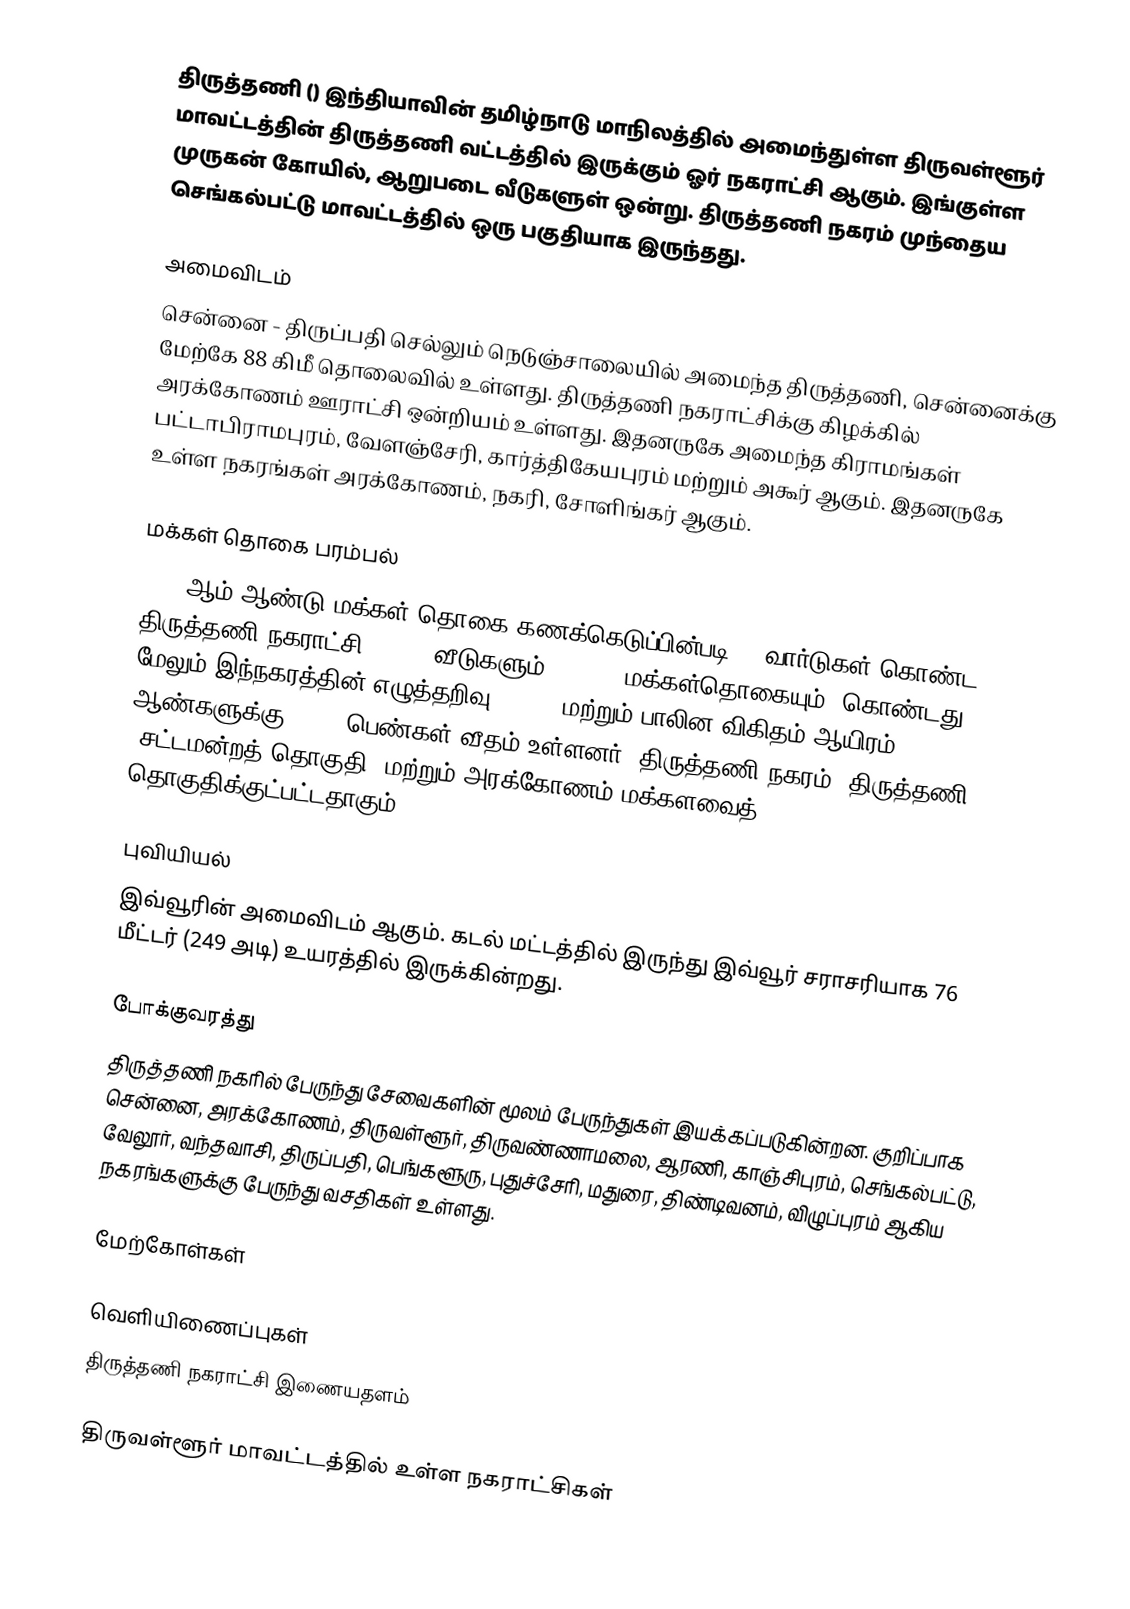
திருத்தணி () இந்தியாவின் தமிழ்நாடு மாநிலத்தில் அமைந்துள்ள திருவள்ளூர் மாவட்டத்தின் திருத்தணி வட்டத்தில் இருக்கும் ஓர் நகராட்சி ஆகும். இங்குள்ள முருகன் கோயில், ஆறுபடை வீடுகளுள் ஒன்று. திருத்தணி நகரம் முந்தைய செங்கல்பட்டு மாவட்டத்தில் ஒரு பகுதியாக இருந்தது.

அமைவிடம்
சென்னை - திருப்பதி செல்லும் நெடுஞ்சாலையில் அமைந்த திருத்தணி, சென்னைக்கு மேற்கே 88 கிமீ தொலைவில் உள்ளது. திருத்தணி நகராட்சிக்கு கிழக்கில் அரக்கோணம் ஊராட்சி ஒன்றியம் உள்ளது. இதனருகே அமைந்த கிராமங்கள் பட்டாபிராமபுரம், வேளஞ்சேரி, கார்த்திகேயபுரம் மற்றும் அகூர் ஆகும். இதனருகே உள்ள நகரங்கள் அரக்கோணம், நகரி, சோளிங்கர் ஆகும்.

மக்கள் தொகை பரம்பல்
2011-ஆம் ஆண்டு மக்கள் தொகை கணக்கெடுப்பின்படி 21 வார்டுகள் கொண்ட திருத்தணி நகராட்சி 11,122 வீடுகளும்,  44,781 மக்கள்தொகையும், கொண்டது. மேலும் இந்நகரத்தின் எழுத்தறிவு 84.06% மற்றும் பாலின விகிதம் ஆயிரம் ஆண்களுக்கு, 1003 பெண்கள் வீதம் உள்ளனர். திருத்தணி நகரம், திருத்தணி (சட்டமன்றத் தொகுதி) மற்றும் அரக்கோணம் மக்களவைத் தொகுதிக்குட்பட்டதாகும்.

புவியியல்
இவ்வூரின் அமைவிடம்  ஆகும். கடல் மட்டத்தில் இருந்து இவ்வூர் சராசரியாக 76 மீட்டர் (249 அடி) உயரத்தில் இருக்கின்றது.

போக்குவரத்து
திருத்தணி நகரில் பேருந்து சேவைகளின் மூலம் பேருந்துகள் இயக்கப்படுகின்றன. குறிப்பாக சென்னை, அரக்கோணம், திருவள்ளூர், திருவண்ணாமலை, ஆரணி, காஞ்சிபுரம், செங்கல்பட்டு, வேலூர், வந்தவாசி, திருப்பதி, பெங்களூரு, புதுச்சேரி, மதுரை, திண்டிவனம், விழுப்புரம் ஆகிய நகரங்களுக்கு பேருந்து வசதிகள் உள்ளது.

மேற்கோள்கள்

வெளியிணைப்புகள்
 திருத்தணி நகராட்சி இணையதளம்

திருவள்ளூர் மாவட்டத்தில் உள்ள நகராட்சிகள்